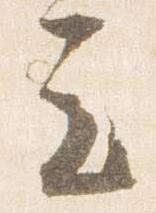
立